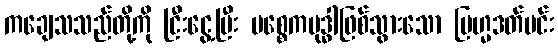
ကချေသသည်တို့ကို ငြီးငွေ့ပြီး ပစ္စေကဗုဒ္ဓါဖြစ်သွားသော ဗြဟ္မဒတ်မင်း